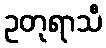
ဥတုရာသီ